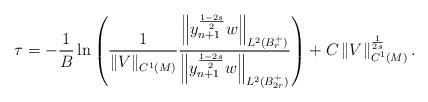
LaTeX: \begin{align*}\tau = -\frac{1}{B} \ln \left( \frac{1}{\left\| V \right\|_{C^1(M)}} \frac{ \left\| y^{\frac{1-2s}{2}}_{n+1} w \right\|_{L^2(B_{r}^+)} }{ \left\|y^{\frac{1-2s}{2}}_{n+1} w \right\|_{L^2(B_{2r}^+)} } \right) + C\left\| V \right\|_{C^1(M)}^{\frac{1}{2s}}. \end{align*}